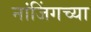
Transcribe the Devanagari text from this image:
नांजिंगच्या